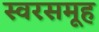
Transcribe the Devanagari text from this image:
स्वरसमूह